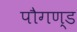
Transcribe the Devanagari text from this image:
पौगण्ड